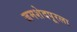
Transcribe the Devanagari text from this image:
जमशेदपूरला